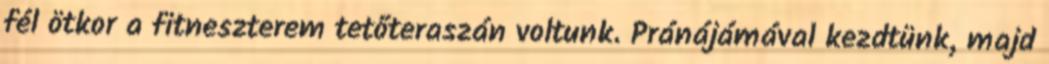
fél ötkor a fitneszterem tetőteraszán voltunk. Pránájámával kezdtünk, majd